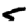
Digit: 5